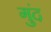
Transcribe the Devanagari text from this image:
गुंद